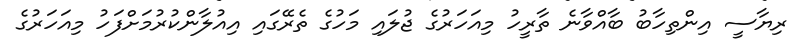
ރިޔާސީ އިންތިހާބު ބާއްވާނެ ތާރީހު މިއަހަރުގެ ޖުލައި މަހުގެ ތެރޭގައި އިއުލާންކުރުމަށްފަހު މިއަހަރުގެ